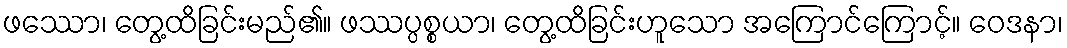
ဖဿော၊ တွေ့ထိခြင်းမည်၏။ ဖဿပ္ပစ္စယာ၊ တွေ့ထိခြင်းဟူသော အကြောင်ကြောင့်။ ဝေဒနာ၊